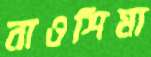
নাওশিমা